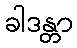
ခါဒန္တာ